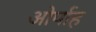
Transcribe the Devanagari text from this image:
ओर्पाह